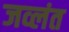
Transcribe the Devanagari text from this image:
जव्लंत